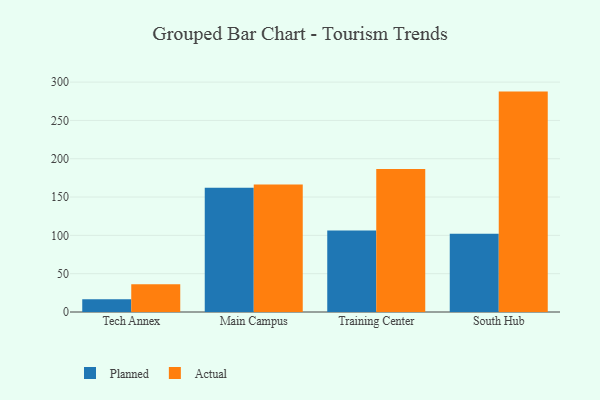
{"axis": {"x": "Campus", "y": "Production Output"}, "legend": ["Actual", "Planned"], "data": [{"x": "Tech Annex", "y": 16.6, "type": "Planned"}, {"x": "Tech Annex", "y": 36.3, "type": "Actual"}, {"x": "Main Campus", "y": 162.1, "type": "Planned"}, {"x": "Main Campus", "y": 166.4, "type": "Actual"}, {"x": "Training Center", "y": 106.3, "type": "Planned"}, {"x": "Training Center", "y": 186.5, "type": "Actual"}, {"x": "South Hub", "y": 102.2, "type": "Planned"}, {"x": "South Hub", "y": 287.6, "type": "Actual"}]}